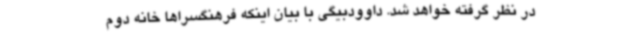
در نظر گرفته‌ خواهد شد. داوودبیگی با بیان اینکه فرهنگسراها خانه دوم